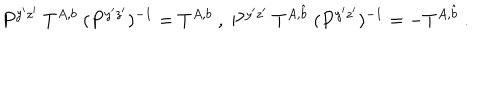
P ^ { y ^ { \prime } z ^ { \prime } } ~ T ^ { A , b } ~ ( P ^ { y ^ { \prime } z ^ { \prime } } ) ^ { - 1 } = T ^ { A , b } ~ , ~ P ^ { y ^ { \prime } z ^ { \prime } } ~ T ^ { A , \hat { b } } ~ ( P ^ { y ^ { \prime } z ^ { \prime } } ) ^ { - 1 } = - T ^ { A , \hat { b } } ~ . ~ \,